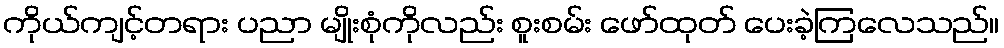
ကိုယ်ကျင့်တရား ပညာ မျိုးစုံကိုလည်း စူးစမ်း ဖော်ထုတ် ပေးခဲ့ကြလေသည်။